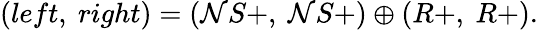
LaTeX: (left,\ right)=(\mathcal{N}S+,\ \mathcal{N}S+)\oplus(R+,\ R+).